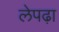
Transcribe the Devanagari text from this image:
लेपढ़ा